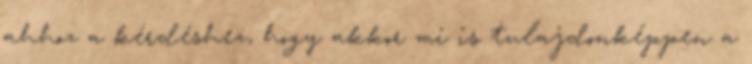
ahhoz a kérdéshez, hogy akkor mi is tulajdonképpen a